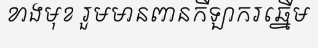
ខាងមុខ រួមមានពានកីឡាករឆ្នើម